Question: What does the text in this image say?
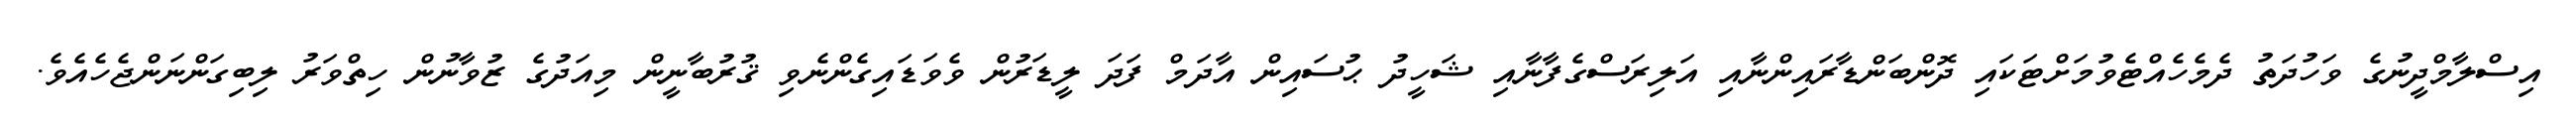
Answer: އިސްލާމްދީނުގެ ވަހުދަތު ދެމެހެއްޓެވުމަށްޓަކައި ދޮންބަންޑާރައިންނާއި އަލިރަސްގެފާނާއި ޝަހީދު ޙުސައިން އާދަމް ފަދަ ލީޑަރުން ވެވަޑައިގެންނެވި ޤުރުބާނީން މިއަދުގެ ޒުވާނުން ހިތްވަރު ލިބިގަންނަންޖެހެއެވެ.